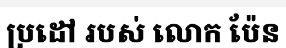
ប្រដៅ របស់ លោក ប៉ែន